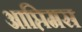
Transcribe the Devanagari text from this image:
आप्तिमस